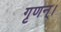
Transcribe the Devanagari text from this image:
गृणन्।